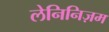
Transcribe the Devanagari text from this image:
लेनिनिज़म